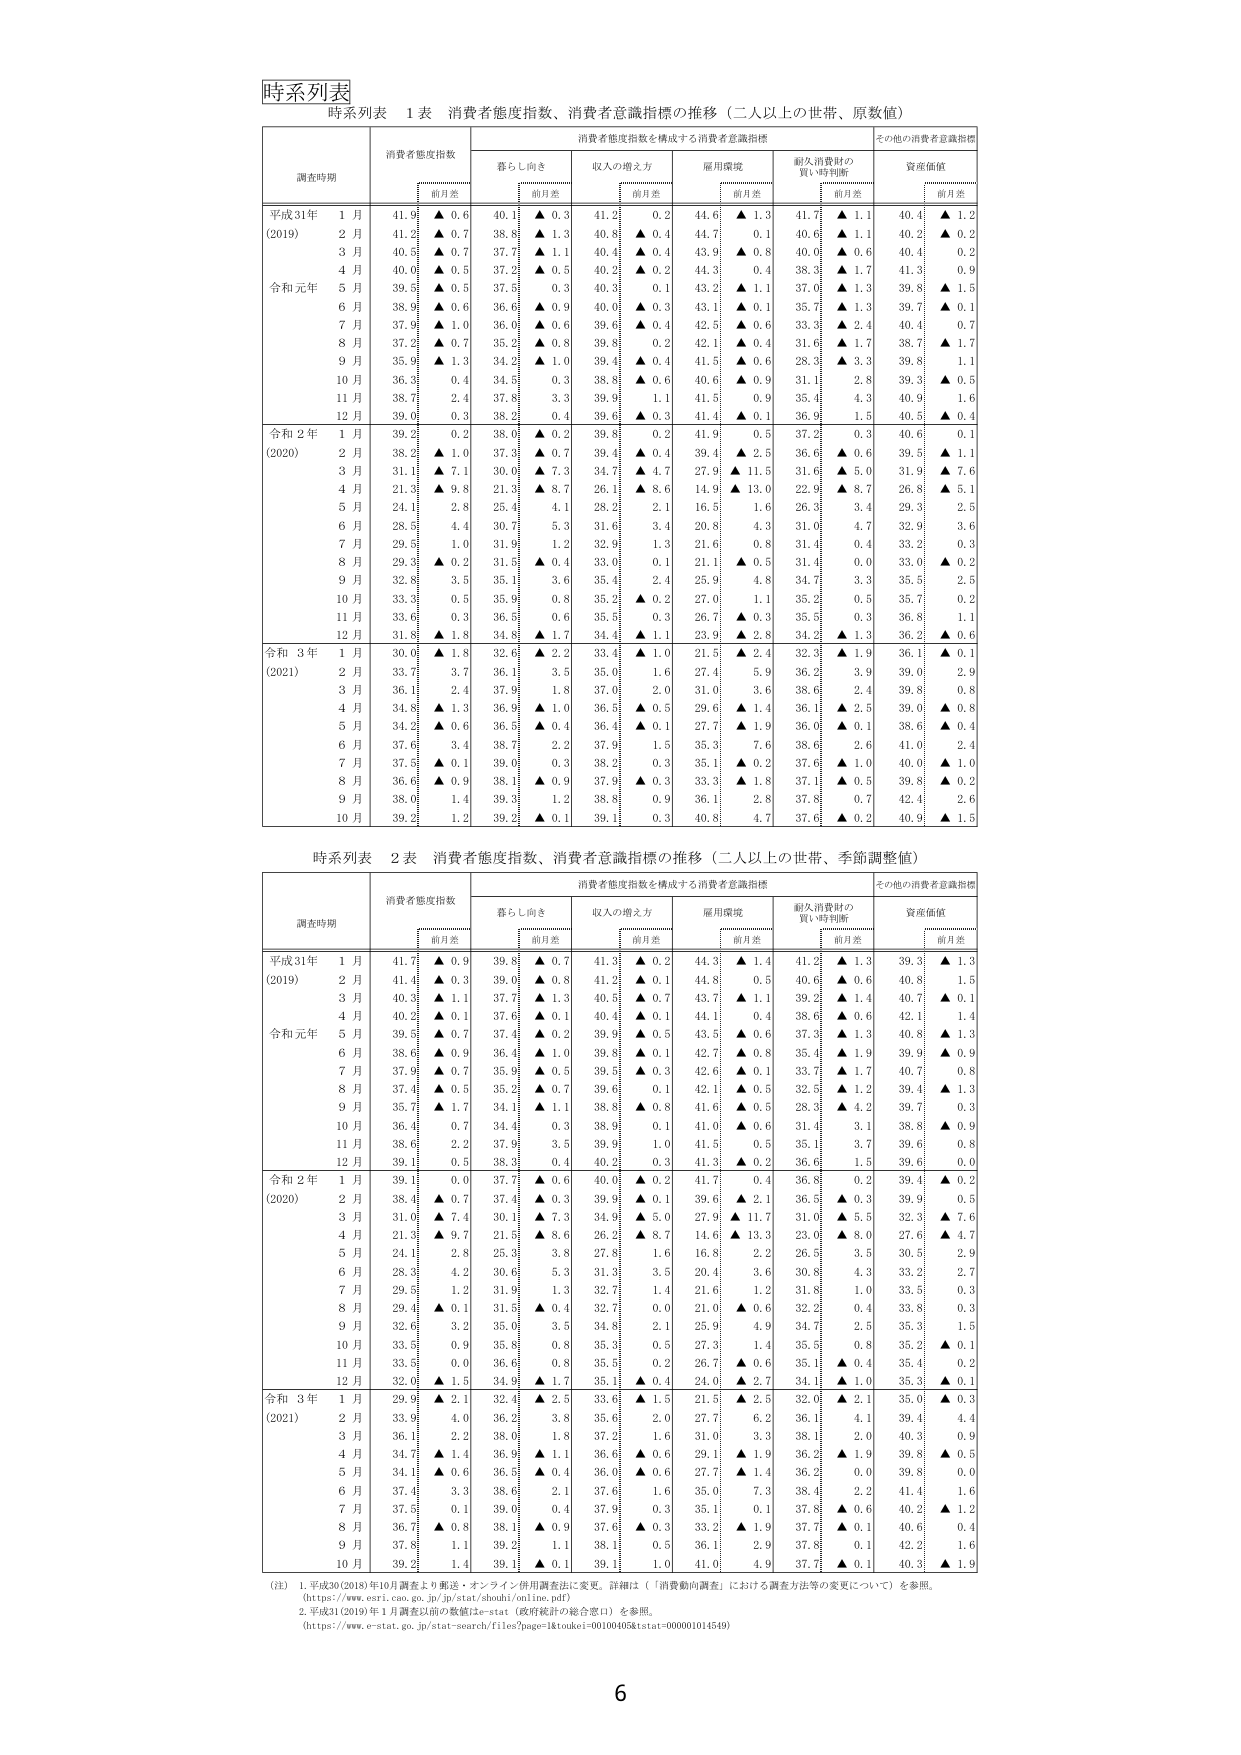
時系列表
時系列表 1 表 消費者態度指数、消費者意識指標の推移（二人以上の世帯、原数値）
調査時期 消費者態度指数 消費者態度指数を構成する消費者意識指標 その他の消費者意識指標